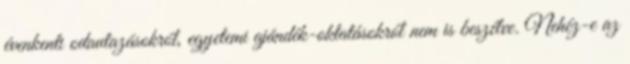
évenkenti odautazásokról, egyetemi ajándék-oktatásokról nem is beszélve. Nehéz-e az